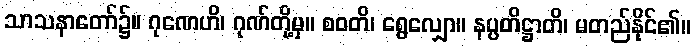
သာသနာတော်၌။ ဂုဏေဟိ၊ ဂုဏ်တို့မှ။ စဝတိ၊ ရွေလျှော။ နပ္ပတိဋ္ဌာတိ၊ မတည်နိုင်၏။